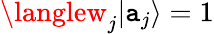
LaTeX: \langlew_{j}|\mathtt{a}_{j}\rangle=1